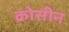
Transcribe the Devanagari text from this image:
क्रोसीन